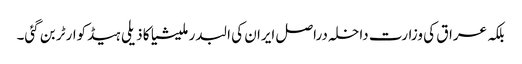
بلکہ عراق کی وزارت داخلہ دراصل ایران کی البدر ملیشیا کا ذیلی ہیڈکوارٹر بن گئی۔